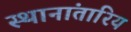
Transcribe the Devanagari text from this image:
स्थानांतारिय